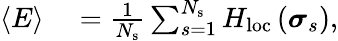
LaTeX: \begin{array}{rl}{\langle E\rangle}&{{}=\frac{1}{N_{\mathrm{s}}}\sum_{s=1}^{N_{\mathrm{s}}}H_{\mathrm{loc}}\left(\boldsymbol{\sigma}_{s}\right),}\end{array}